Indian journal of veterinary science and animal husbandry - Volumes 22-23, 1952-1953
Year: 1952
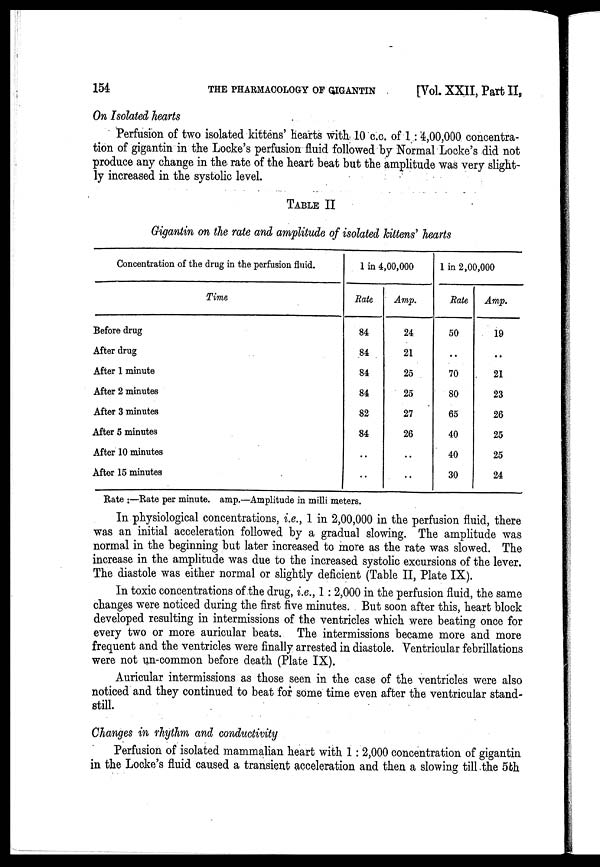
154
THE PHARMACOLOGY OF GIGANTIN
[Vol. XXII, Part II,
On Isolated hearts
Perfusion of two isolated kittens' hearts with 10 c.c. of 1: 4,00,000 concentra-
tion of gigantin in the Locke's perfusion fluid followed by Normal Locke's did not
produce any change in the rate of the heart beat but the amplitude was very slight-
ly increased in the systolic level.
TABLE II
Gigantin on the rate and amplitude of isolated kittens' hearts
Concentration of the drug in the perfusion fluid.
Time
Before drug
After drug
After 1 minute
After 2 minutes
After 3 minutes
After 5 minutes
After 10 minutes
After 15 minutes
1 in 4,00,000
Rate
84
84
84
84
82
84
. .
. .
Amp.
24
21
25
25
27
26
. .
. .
1 in 2,00,000
Rate
50
. .
70
80
65
40
40
30
Amp.
19
. .
21
23
26
25
25
24
Rate :—Rate per minute, amp.—Amplitude in milli meters.
In physiological concentrations, i.e., 1 in 2,00,000 in the perfusion fluid, there
was an initial acceleration followed by a gradual slowing. The amplitude was
normal in the beginning but later increased to more as the rate was slowed. The
increase in the amplitude was due to the increased systolic excursions of the lever.
The diastole was either normal or slightly deficient (Table II, Plate IX).
In toxic concentrations of the drug, i.e., 1: 2,000 in the perfusion fluid, the same
changes were noticed during the first five minutes. But soon after this, heart block
developed resulting in intermissions of the ventricles which were beating once for
every two or more auricular beats. The intermissions became more and more
frequent and the ventricles were finally arrested in diastole. Ventricular febrillations
were not un-common before death (Plate IX).
Auricular intermissions as those seen in the case of the ventricles were also
noticed and they continued to beat for some time even after the ventricular stand-
still.
Changes in rhythm and conductivity
Perfusion of isolated mammalian heart with 1 : 2,000 concentration of gigantin
in the Locke's fluid caused a transient acceleration and then a slowing till the 5th